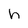
Character: h